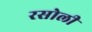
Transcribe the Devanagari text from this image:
रसोली